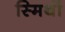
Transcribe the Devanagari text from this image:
स्मिथों